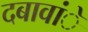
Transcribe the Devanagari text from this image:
दबावांे